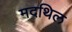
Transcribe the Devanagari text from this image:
मदथिल